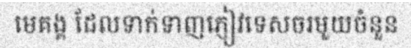
មេគង្គ ដែលទាក់ទាញភ្ញៀវទេសចរមួយចំនួន